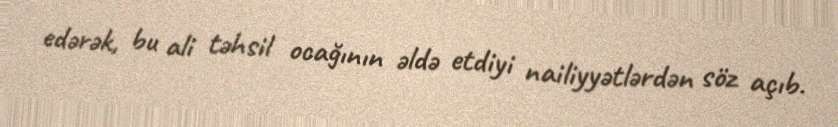
edərək, bu ali təhsil ocağının əldə etdiyi nailiyyətlərdən söz açıb.